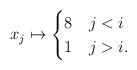
LaTeX: \begin{align*}x_j\mapsto\begin{cases}8&j<i\\1&j>i.\end{cases}\end{align*}